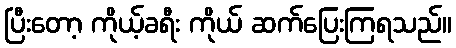
ပြီးတော့ ကိုယ့်ခရီး ကိုယ် ဆက်ပြေးကြရသည်။